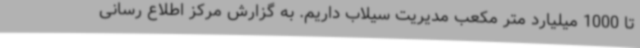
تا 1000 میلیارد متر مکعب مدیریت سیلاب داریم. به گزارش مرکز اطلاع رسانی